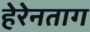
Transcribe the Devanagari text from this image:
हेरेनताग